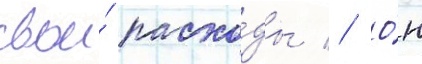
свои́ расхо́ды // О́н